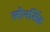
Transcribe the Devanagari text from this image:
लोनसिंह